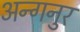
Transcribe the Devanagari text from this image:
अन्गनुर